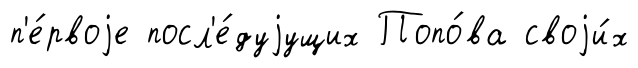
п'е́рвоjе посл'е́дуjущих Попо́ва своjи́х